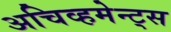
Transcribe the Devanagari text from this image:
अचिव्हमेन्ट्स